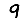
Digit: 9